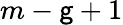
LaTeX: m-\mathsf{g}+1